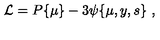
{ \cal L } = P \{ \mu \} - 3 { \psi } \{ \mu , y , s \} \ ,